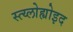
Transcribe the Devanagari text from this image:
स्त्य्लोह्योइद